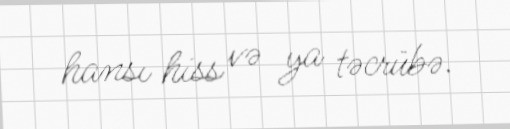
hansı hiss və ya təcrübə.